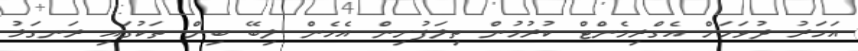
އަހަރު ދުވަހަށް އެގްރިމެންޓް ކުރުމުން ތިލަފުށިން އެހެން ލިބޭ ބިން ތަކުގައި ރަނގަޅު